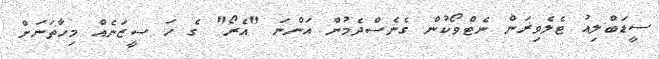
ސީޑަބްލިއު ޓެލެވިޜަން ނެޓްވޯކުން ގެނެސްދެމުން އަންނަ "އެރޯ" ގެ ހަ ސީޒަނެއް މިހާތަނަށް